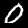
Digit: 0